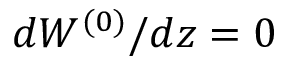
d W ^ { ( 0 ) } / d z = 0